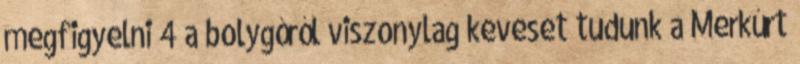
megfigyelni 4 a bolygóról viszonylag keveset tudunk a Merkúrt